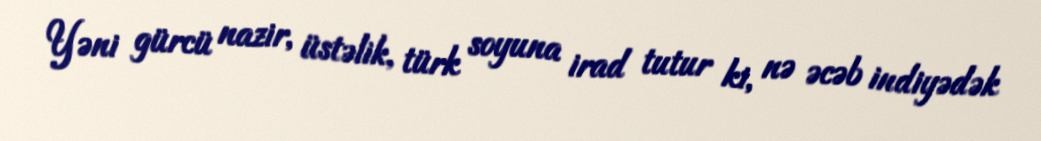
Yəni gürcü nazir, üstəlik, türk soyuna irad tutur ki, nə əcəb indiyədək